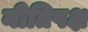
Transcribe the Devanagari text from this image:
नीतिपक्ष